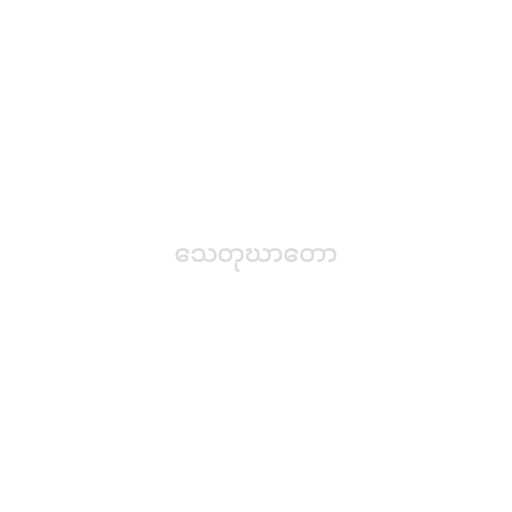
သေတုဃာတော